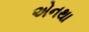
એનથા